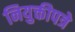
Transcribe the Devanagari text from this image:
नियुक्तीपत्रे